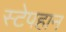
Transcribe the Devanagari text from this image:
स्टेपहान